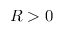
R > 0